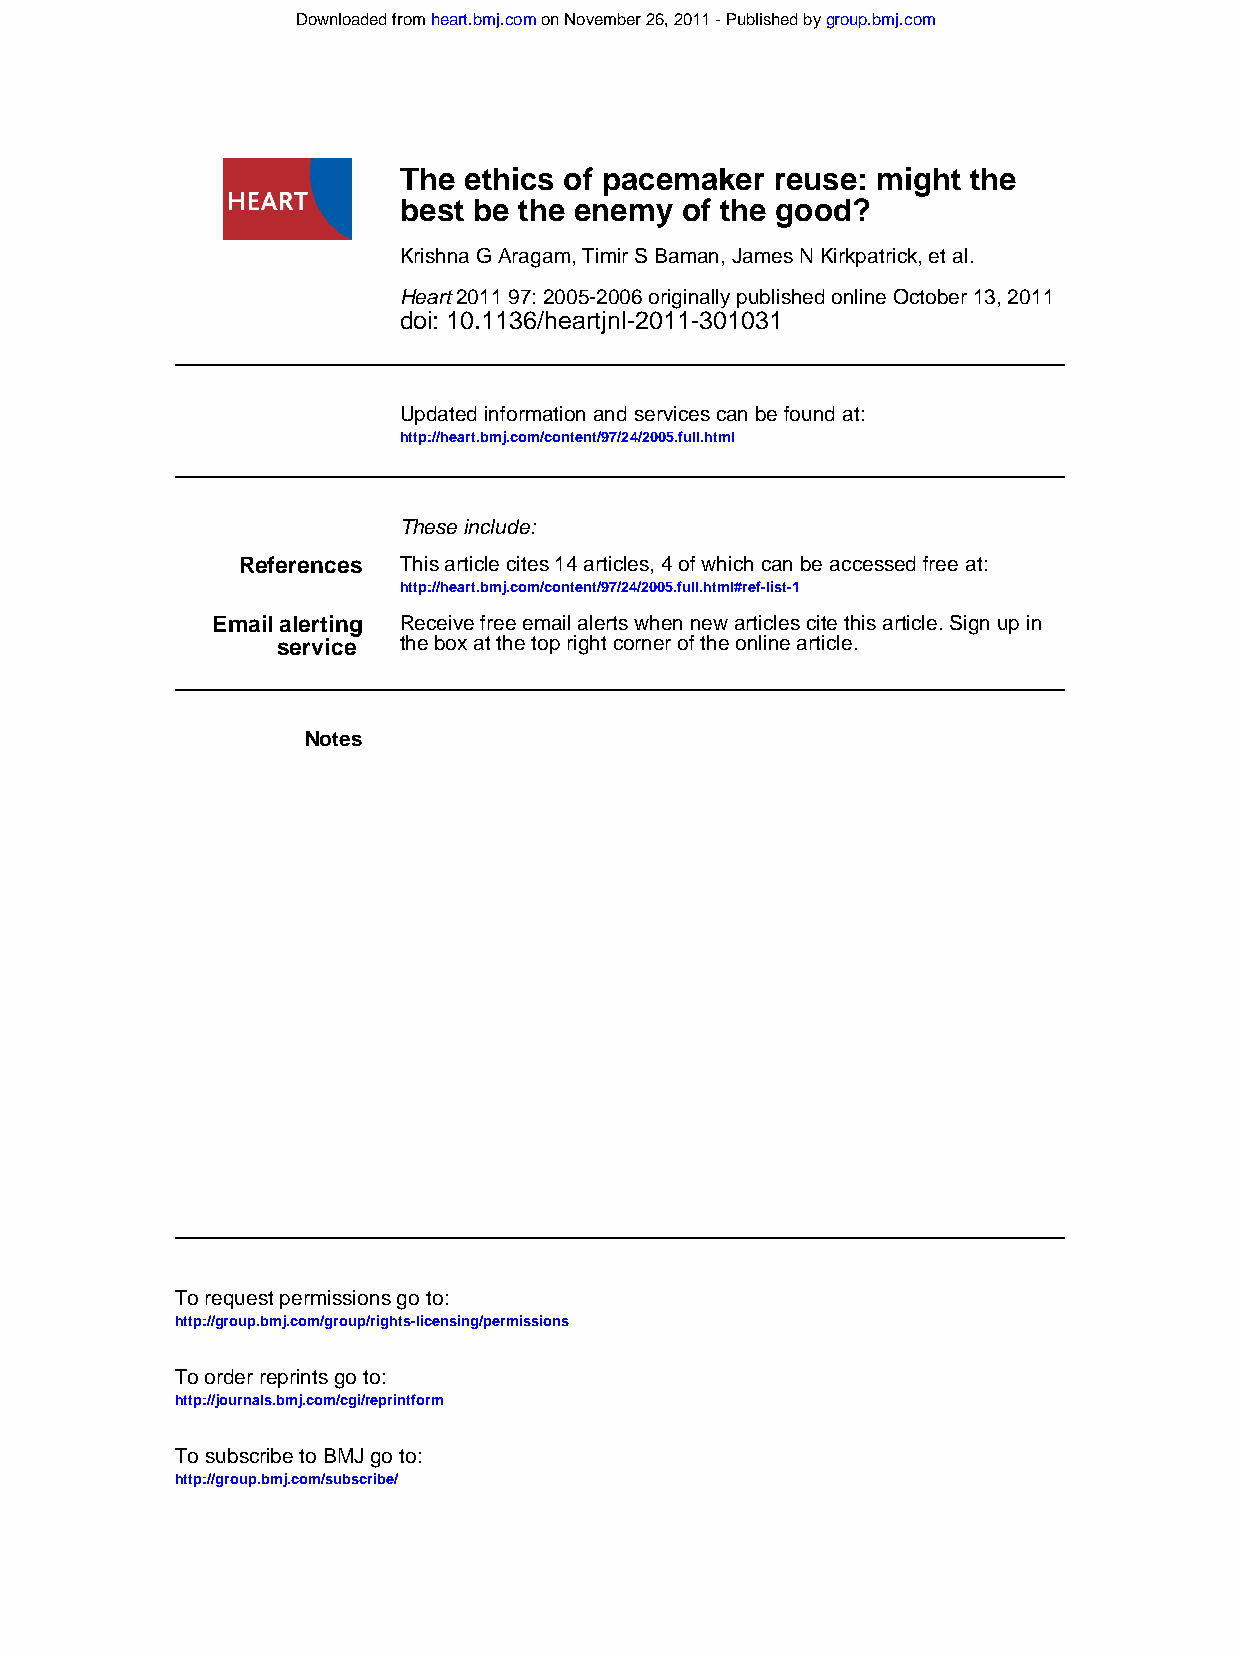
Downloaded from heart.bmj.com on November 26, 2011 - Published by group.bmj.com
 The  ethics of pacemaker reuse: might the
 best be the enemy  of the good?
 Krishna G Aragam, Timir S Baman, James N Kirkpatrick, et al.
 Heart 2011 97: 2005-2006 originally published online October 13, 2011
 doi: 10.1136/heartjnl-2011-301031
 Updated information and services can be found at:
 http://heart.bmj.com/content/97/24/2005.full.html
 These include:
 References This article cites 14 articles, 4 of which can be accessed free at:
 http://heart.bmj.com/content/97/24/2005.full.html#ref-list-1
 Email alerting Receive free email alerts when new articles cite this article. Sign up in
 service the box at the top right corner of the online article.
 Notes
 To request permissions go to:
 http://group.bmj.com/group/rights-licensing/permissions
 To order reprints go to:
 http://journals.bmj.com/cgi/reprintform
 To subscribe to BMJ go to:
 http://group.bmj.com/subscribe/